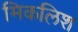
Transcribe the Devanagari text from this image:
मिकलिश